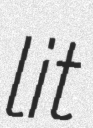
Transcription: lit